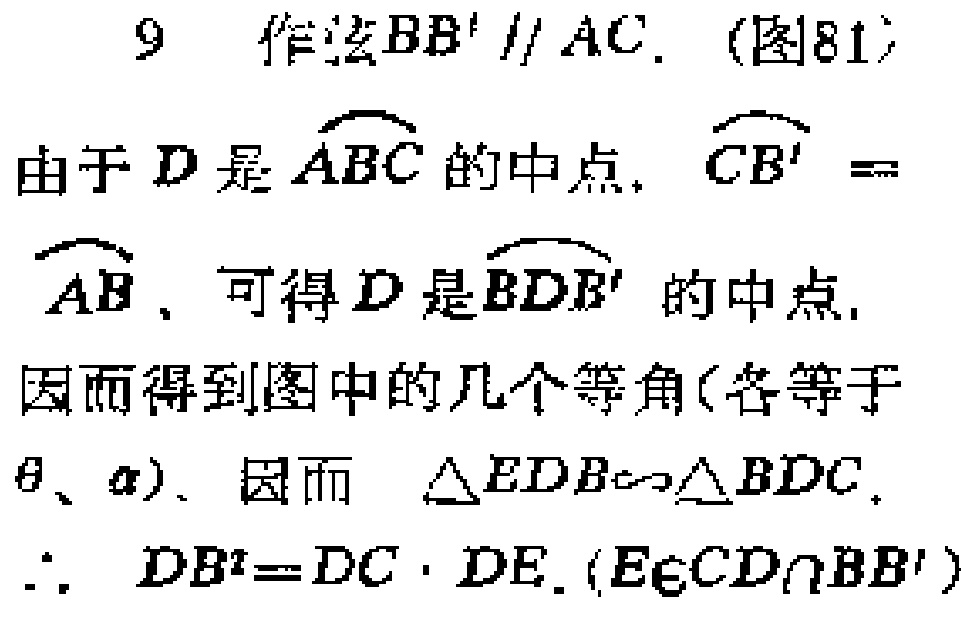
9 作法 \(BB'\parallel AC\). (图81)
由于 \(D\) 是 \(\overset{\frown}{ABC}\) 的中点, \(\overset{\frown}{CB'}=\overset{\frown}{AB}\), 可得 \(D\) 是 \(\overset{\frown}{BDB'}\) 的中点.
因而得到图中的几个等角(各等于 \(\theta\)、\(\alpha\)). 因而 \(\triangle EDB\sim\triangle BDC\).
\(\therefore DB^{2}=DC\cdot DE\). (\(E\in CD\cap BB'\))